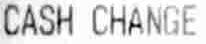
CASH CHANGE